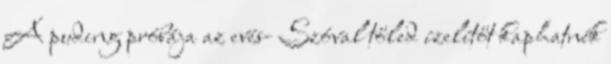
A puding próbája az evés- Szóval tőled ízelítőt kaphatnék